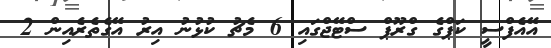
އޭއެފްސީ ކަޕްގެ ގްރޫޕް ސްޓޭޖްގައި 6 މެޗު ކުޅުނު އިރު އޭގެތެރެއިން 2